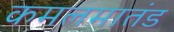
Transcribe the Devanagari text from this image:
कमलमातंड